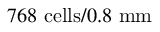
7 6 8 ~ \mathrm { c e l l s } / 0 . 8 ~ \mathrm { m m }